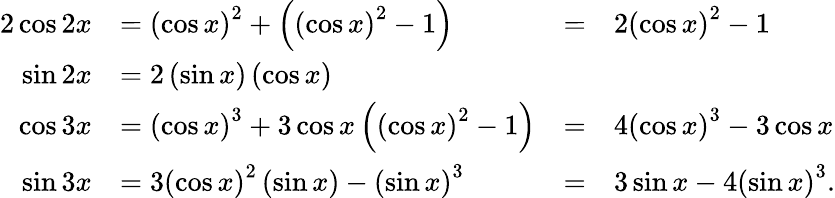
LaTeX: {\begin{array}{rlrl}{{2}\cos 2x}&{=\left(\cos x\right)^{2}+\left(\left(\cos x\right)^{2}-1\right)}&{=}&{2\left(\cos x\right)^{2}-1}\\ {\sin 2x}&{=2\left(\sin x\right)\left(\cos x\right)}&&{}\\ {\cos 3x}&{=\left(\cos x\right)^{3}+3\cos x\left(\left(\cos x\right)^{2}-1\right)}&{=}&{4\left(\cos x\right)^{3}-3\cos x}\\ {\sin 3x}&{=3\left(\cos x\right)^{2}\left(\sin x\right)-\left(\sin x\right)^{3}}&{=}&{3\sin x-4\left(\sin x\right)^{3}.}\end{array}}